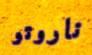
ناروتو